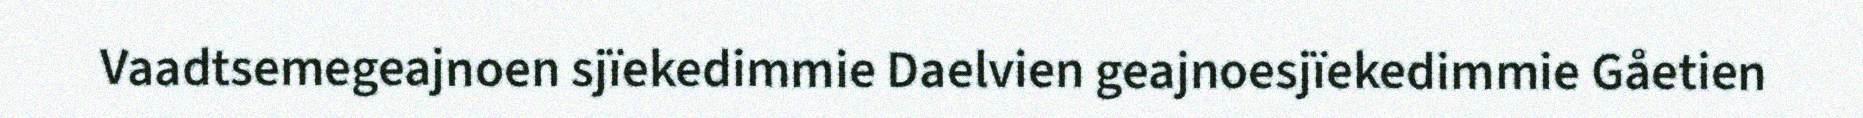
Vaadtsemegeajnoen sjïekedimmie Daelvien geajnoesjïekedimmie Gåetien